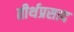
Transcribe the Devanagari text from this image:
तीर्थप्रसाद